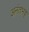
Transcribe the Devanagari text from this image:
अनंतभट्ट